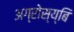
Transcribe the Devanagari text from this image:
अग्रोस्य्बि